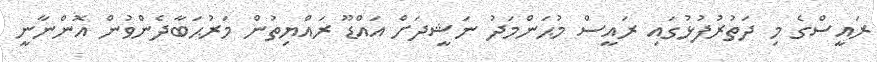
ރައީސްގެ މި ދަތުރުފުޅުގައި ރައީސް މުޙަންމަދު ނަޝީދަށް އައްޑޫ ރައްޔިތުން މަރުޙަބާދެންވުން އޮންނާނީ